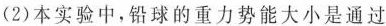
(2)本实验中，铅球的重力势能大小是通过